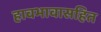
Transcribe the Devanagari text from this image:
हावभावासहित